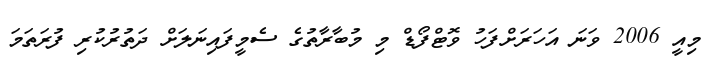
މިއީ 2006 ވަނަ އަހަރަށްފަހު ވޮޓްފޯޑް މި މުބާރާތުގެ ސެމީފައިނަލަށް ދަތުރުކުރި ފުރަތަމަ